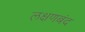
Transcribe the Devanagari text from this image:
लक्षणबंद